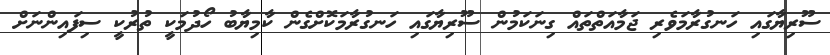
ސޫރިޔާގައި ހަނގުރާމަވެރި ޖަމާއަތްތައް ގިނަކަމުން ސޫރިޔާގައި ހަނގުރާމަކޮށްގެން ކާމިޔާބު ހޯދުމަކީ ތުރުކީ ސިފައިންނަށް